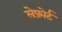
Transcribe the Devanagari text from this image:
लेफ़ोर्ट